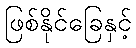
ဖြစ်နိုင်ခြေနှင့်